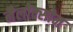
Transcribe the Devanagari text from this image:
नैलोक्सोन